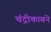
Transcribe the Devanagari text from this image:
चंद्रीकाबने